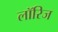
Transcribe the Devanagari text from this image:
लॉरिज